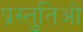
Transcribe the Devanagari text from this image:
प्रस्तुतिओं